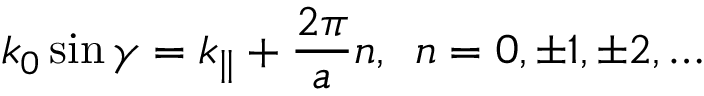
k _ { 0 } \sin \gamma = k _ { \| } + \frac { 2 \pi } { a } n , \, \, \, n = 0 , \pm 1 , \pm 2 , \dots